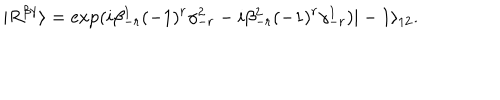
| R ^ { \beta \gamma } \rangle = \exp ( i \beta _ { - r } ^ { 1 } ( - 1 ) ^ { r } \gamma _ { - r } ^ { 2 } - i \beta _ { - r } ^ { 2 } ( - 1 ) ^ { r } \gamma _ { - r } ^ { 1 } ) | - 1 \rangle _ { 1 2 } .